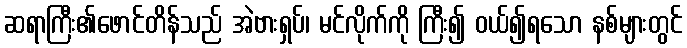
ဆရာကြီး၏ဖောင်တိန်သည် အဲဗားရှပ်၊ မင်လိုက်ကို ကြီး၍ ဝယ်၍ရသော နစ်များတွင်